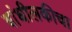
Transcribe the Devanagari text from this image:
बांधीलकीचा